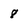
Character: 8